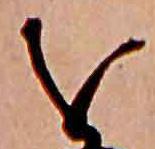
を